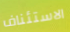
الاستئناف